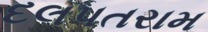
દલપતરામ